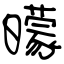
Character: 曚